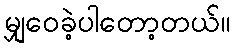
မျှဝေခဲ့ပါတော့တယ်။